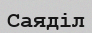
Саяділ